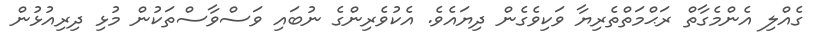
ގެއްލި އެންމެގާތް ރަޙްމަތްތެރިޔާ ވަކިވެގެން ދިޔައެވެ. އެކުވެރިންގެ ނުބައި ވަސްވާސްތަކުން މުޅި ދިރިއުޅުން